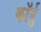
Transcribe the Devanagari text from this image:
कॉर्नु